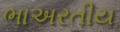
ભાઅરતીય